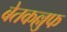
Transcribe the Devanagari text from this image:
बेतकल्लुफ